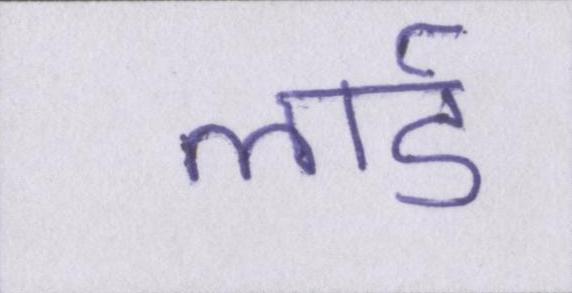
लार्ड